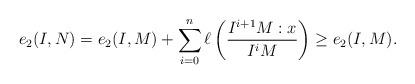
LaTeX: \begin{align*} e_2(I,N) = e_2(I,M) + \sum_{i=0}^n \ell\left(\frac{I^{i+1}M : x }{I^iM}\right) \ge e_2(I,M). \end{align*}